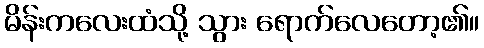
မိန်းကလေးထံသို့ သွား ရောက်လေတော့၏။